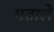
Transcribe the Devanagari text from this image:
मताले